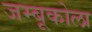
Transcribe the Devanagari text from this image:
जम्बूकोला